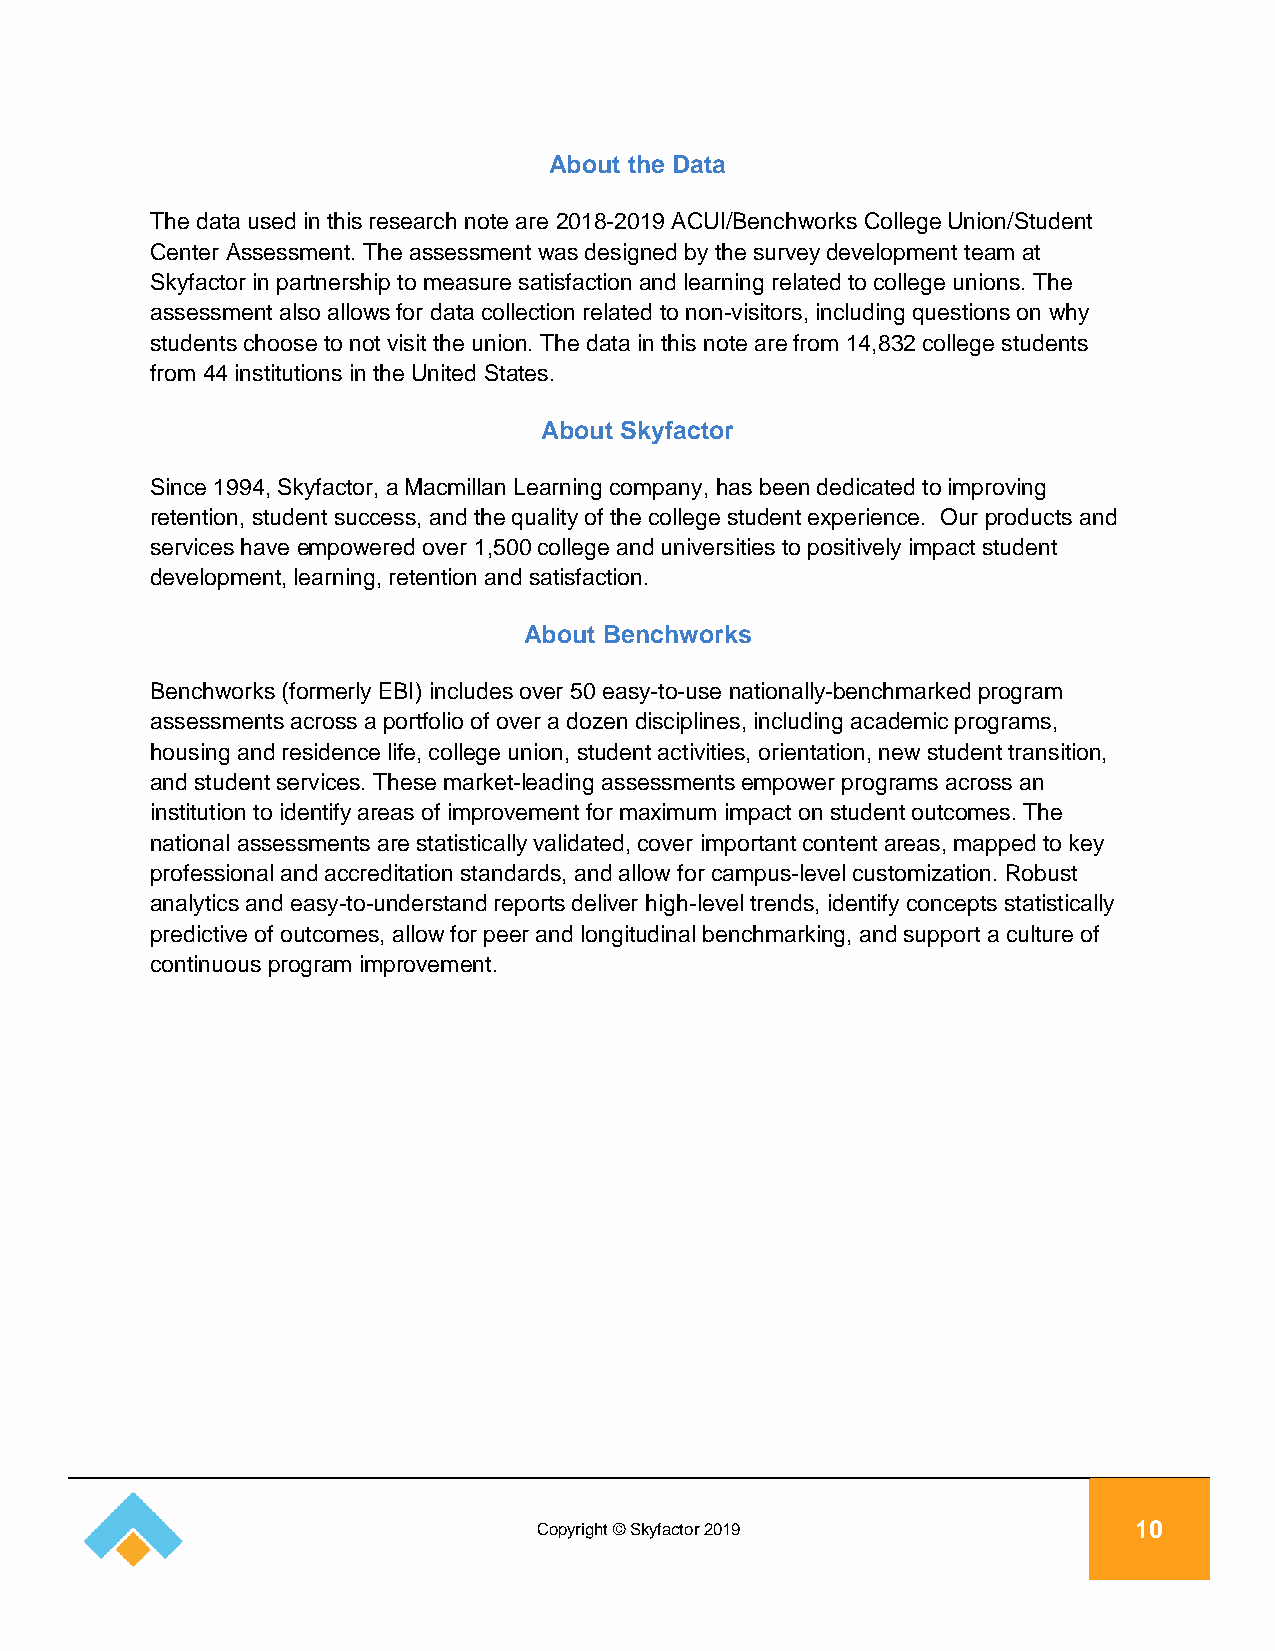
About the Data
 The data used in this research note are 2018-2019 ACUI/Benchworks College Union/Student
 Center Assessment. The assessment was designed by the survey development team at
 Skyfactor in partnership to measure satisfaction and learning related to college unions. The
 assessment also allows for data collection related to non-visitors, including questions on why
 students choose to not visit the union. The data in this note are from 14,832 college students
 from 44 institutions in the United States.
 About Skyfactor
 Since 1994, Skyfactor, a Macmillan Learning company, has been dedicated to improving
 retention, student success, and the quality of the college student experience. Our products and
 services have empowered over 1,500 college and universities to positively impact student
 development, learning, retention and satisfaction.
 About Benchworks
 Benchworks (formerly EBI) includes over 50 easy-to-use nationally-benchmarked program
 assessments across a portfolio of over a dozen disciplines, including academic programs,
 housing and residence life, college union, student activities, orientation, new student transition,
 and student services. These market-leading assessments empower programs across an
 institution to identify areas of improvement for maximum impact on student outcomes. The
 national assessments are statistically validated, cover important content areas, mapped to key
 professional and accreditation standards, and allow for campus-level customization. Robust
 analytics and easy-to-understand reports deliver high-level trends, identify concepts statistically
 predictive of outcomes, allow for peer and longitudinal benchmarking, and support a culture of
 continuous program improvement.
 Copyright © Skyfactor 2019             10